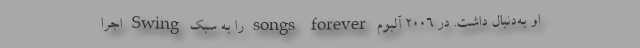
او به‌دنبال داشت. در ۲۰۰۶ آلبوم songs forever را به سبک Swing اجرا